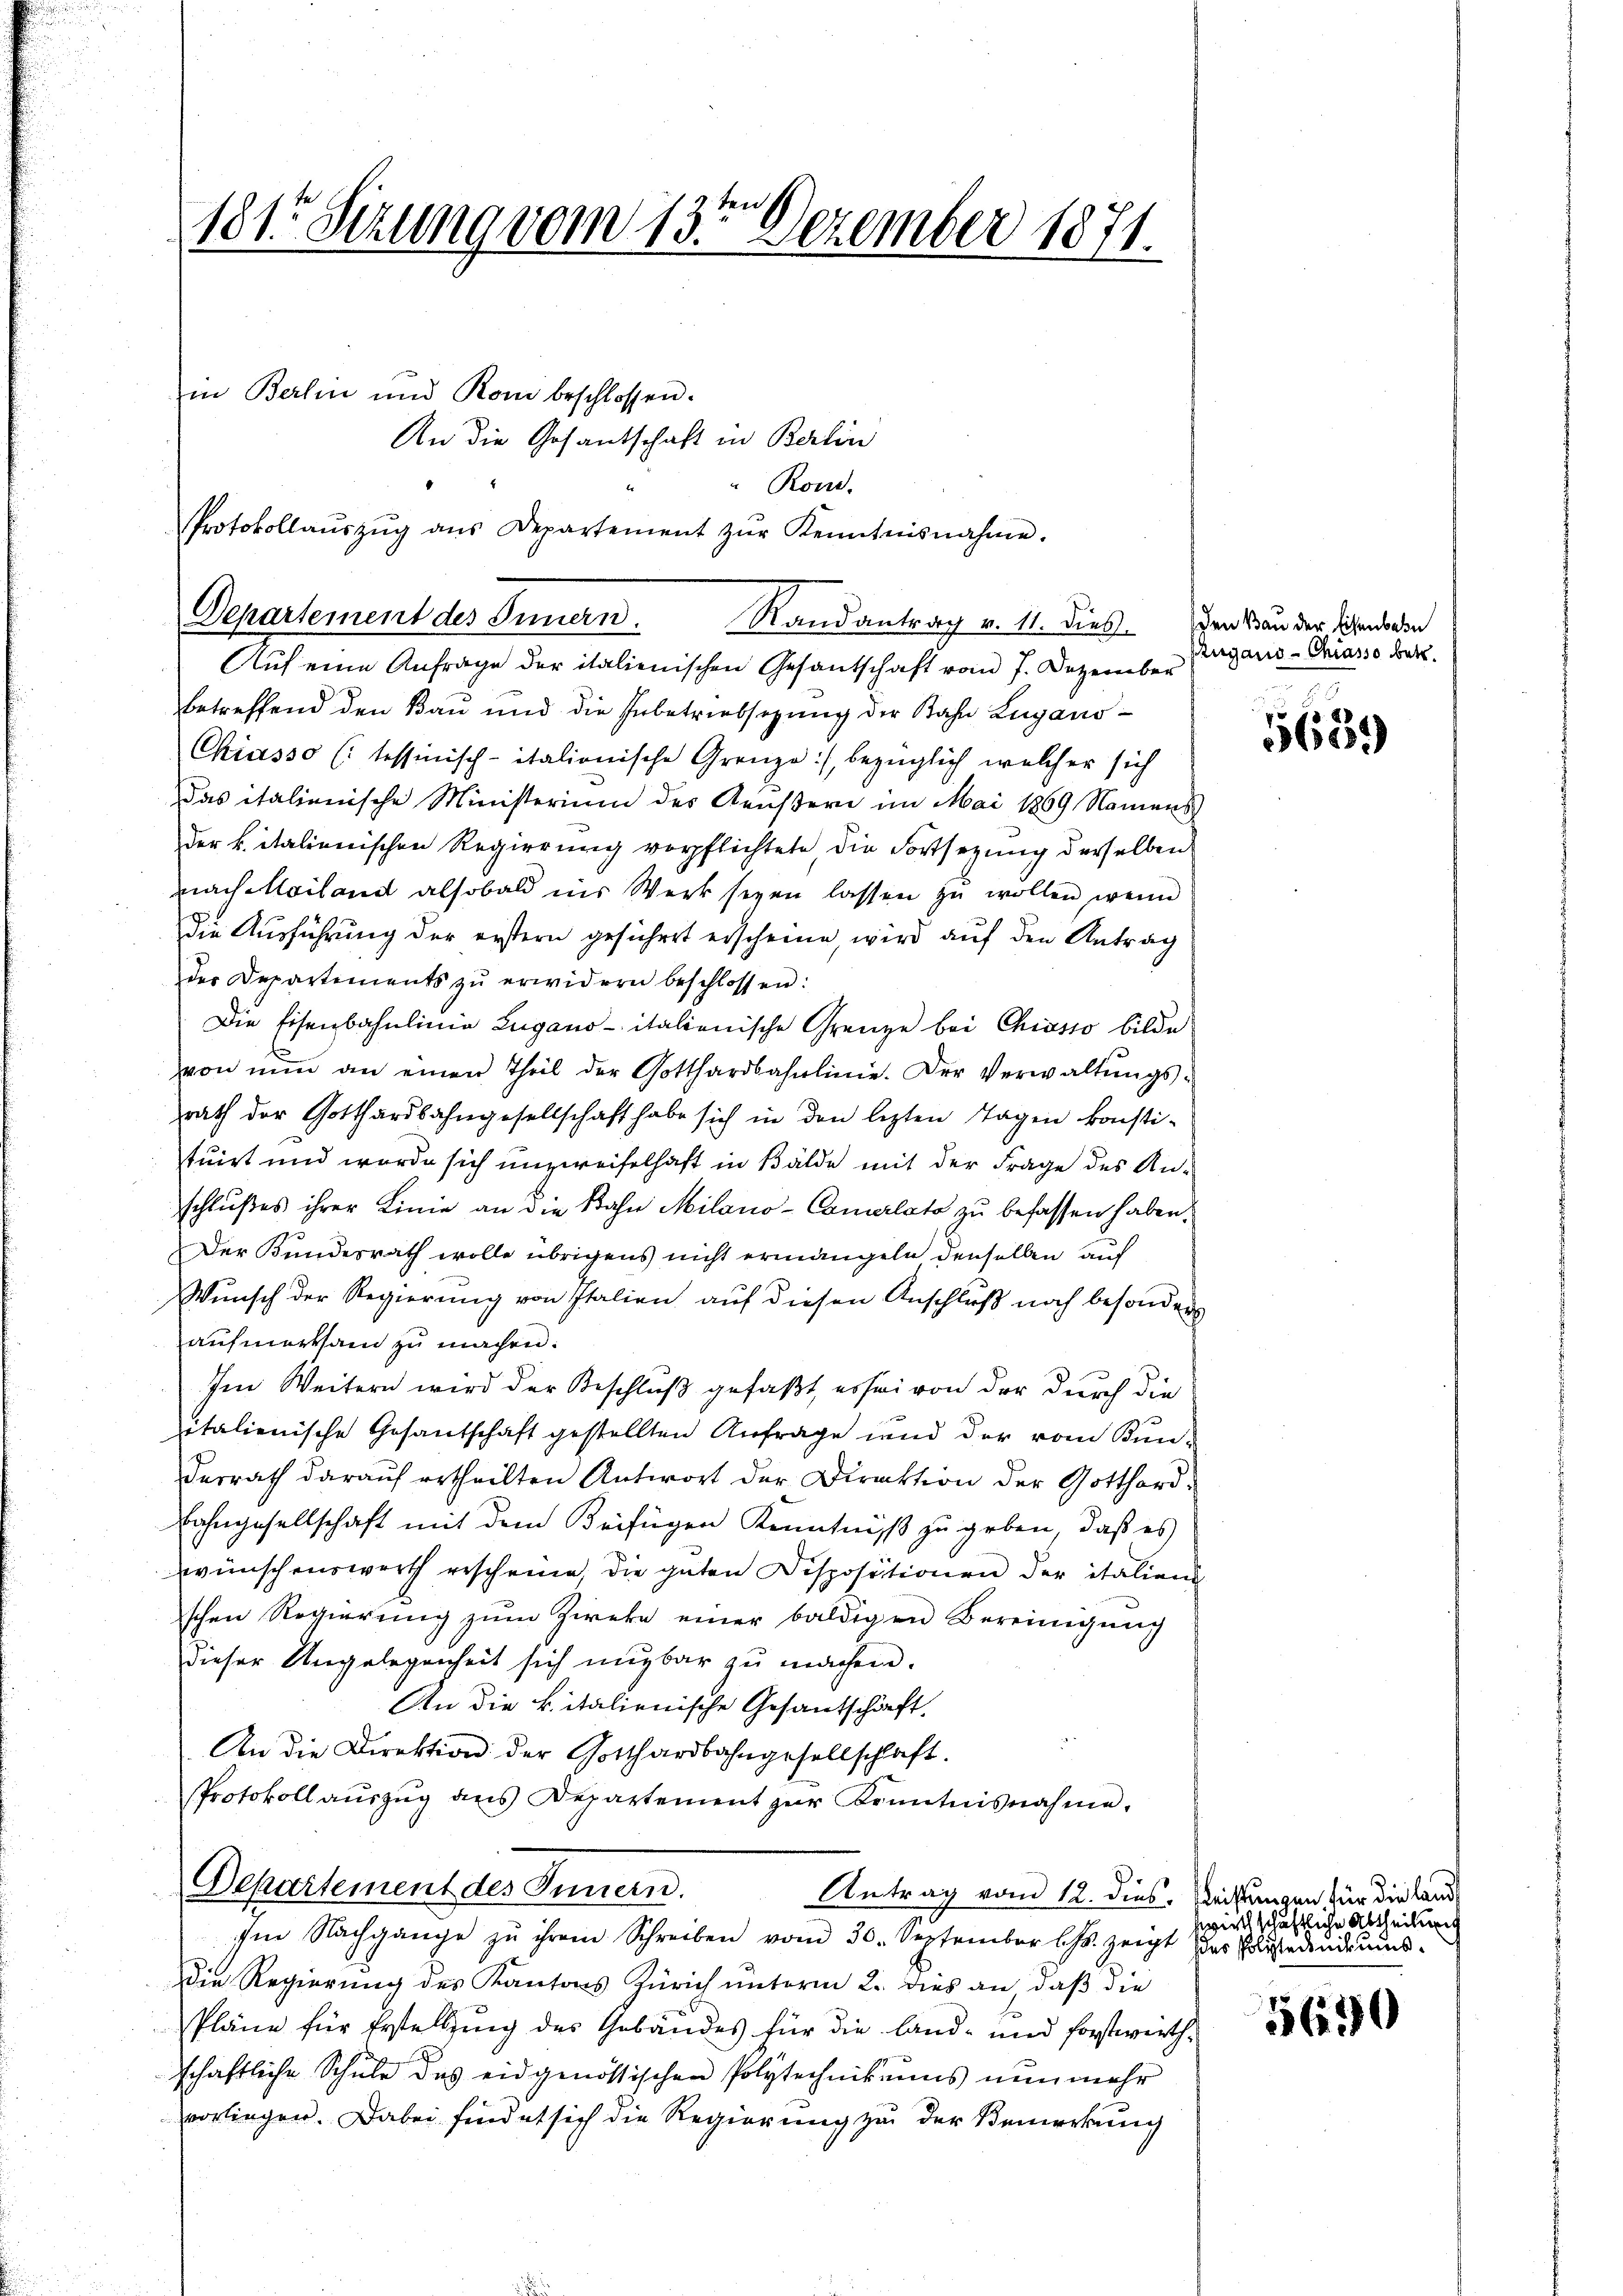
181. Sizung vom 13te͇n Dezember 1871.
in Berlin und Kom beschlossen.

An die Gesandschaft in Berlin

Rond.
Protokollaŭszŭg ans Departement zŭr Kenntnisnahme.
Departement des Innern.

Auf eine Anfrage der italienischen Gesantschaft vom 7. Dezerüber
betreffend den Bau und die Inbetriebsezung der Bahn Lugano¬
Chiasso (: tessinisch-italionische Grenze:/, bezüglich welcher sich
Das italienische Ministerium des Aeußern im Mai 1869 Namens
der k. italienischen Regierung verpflichtete die Fortsetzung derselben
nach Mailand alsobald ins Werk seyen lassen zŭ wollen, wenn
Die Ausführung der erstern gesichert erscheine, wird auf den Antrag
der Departements zŭ erwidern beschlossen:
Die Eisenbahnlinie Zugano italienische Grenze bei Chiasso bilde
von nŭn an einen Theil der Gotthardbahnlinie. Der Verwaltŭngs-
rath der Gotthardbahngesellschaft habe sich in den lezten Tagen konstituirt und werde sich unzweifelhaft in Bälde mit der Frage des Anschlußes ihrer Linie an die Bahn Milano-Conerlato zu befassen haben.
Der Bundesrath wolle übrigens nicht ermangeln denselben auf
Wunsch der Regierung von Italien auf diesen Anschluß noch besonders
aufmerksam zu machen.
Im Weitern wird der Beschluß gefaßt, es sei von der durch die
italienische Gesantschaft gestellten Anfrage und der vom Bunderrath darauf ertheilten Antwort der Direktion der Gotthard¬
Bahngesellschaft mit dem Beifügen Kenntniß zu geben, daß es
wünschenswerth gescheine, die guten Dispositionen der italien
schen Regierung zum Zweke einer baldigen Bereinigung
dieser Angelegenheit sich mugbar zŭ machen.
An die k. italienische Gesantschäft.
An die Direktion der Gotthardbahngesellschaft.
Protokoll aŭszŭg ans Departement zŭr Kenntnisnahme.
Departement des Innern.
Antrag vom 12. dies. Weistungen für die Land
Im Nachgange zu ihrem Schreiben vom 30. September l. Js. zeigt des Faustudende ums¬
Die Regierung des Kantons Zürich unterm 2. dies an, daß die
Pläne für Erstellung des Gebäudes für die land- und forstwirthschaftliche Schule des eidgenössischen Polytechnikums nunmehr
vorliegen. Dabei findet sich die Regierung zu der Bemerkung

Randantrag v. 11. dieß den Von der Eisenbahn

Rugano-Chiasso betr.

5659

wirthschaftliche Abtheilung

5690